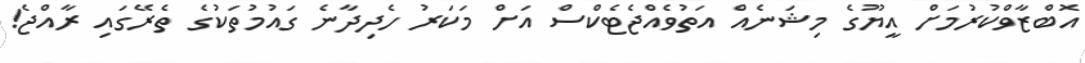
އޮބްޒާވްކުރުމަށް އީޔޫގެ މިޝަނެއް އަތުވެއްޖެޓެކްސް އަށް މަކަރު ހެދިދާނެ ގައުމުތަކުގެ ތެރޭގައި ރާއްޖެ!